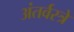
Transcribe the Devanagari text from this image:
अंतर्वस्त्रे